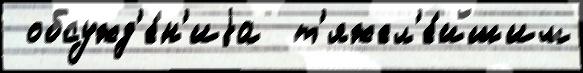
 обсужд'е́н'иjа  т'яжел'е́йшим